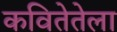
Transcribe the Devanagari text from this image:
कवितेतेला